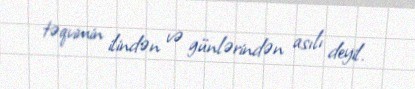
təqvimin ilindən və günlərindən asılı deyil.